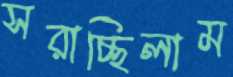
সরাচ্ছিলাম